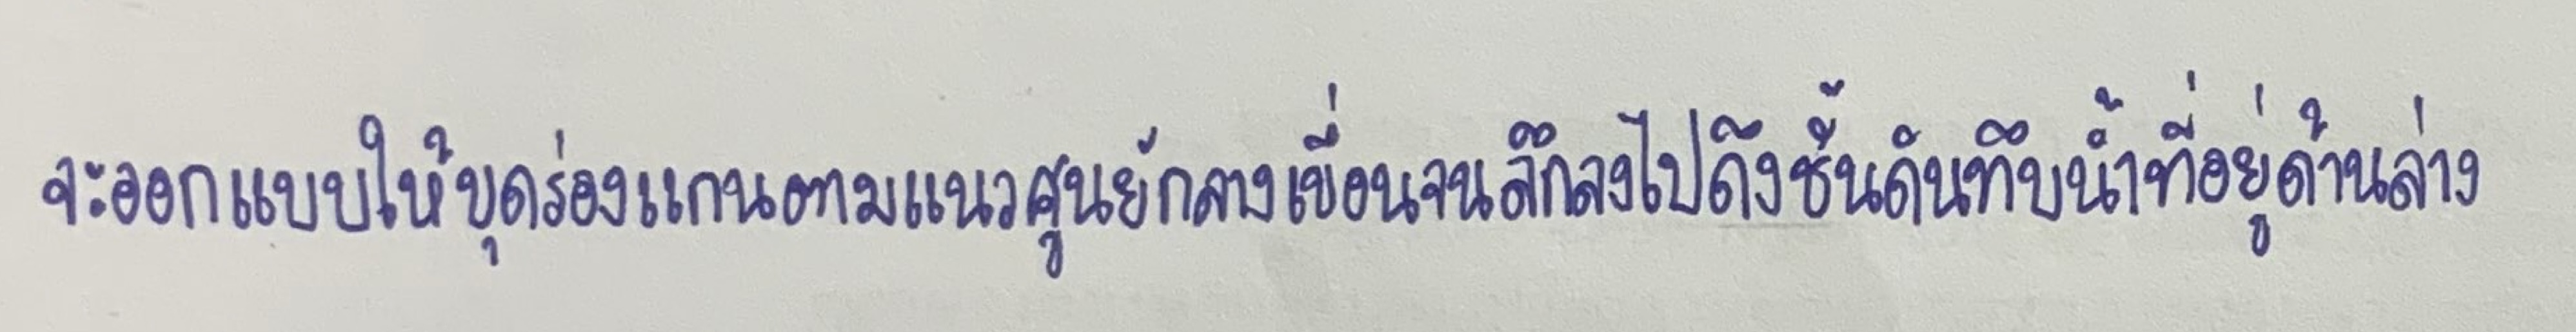
จะออกแบบให้ขุดร่องแกนตามแนวศูนย์กลางเขื่อนจนลึกลงไปถึงชั้นดินทึบน้ำที่อยู่ด้านล่าง